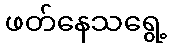
ဖတ်နေသရွေ့